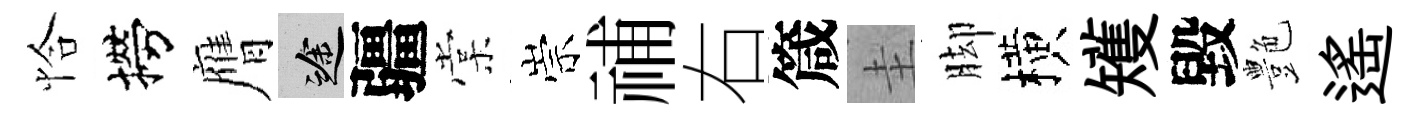
恰撈膺途疆棠崇𥙷右箴圭脚横矱毀艶遙